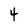
Character: 4